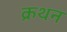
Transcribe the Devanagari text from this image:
क्रथन